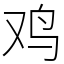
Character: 鸡